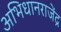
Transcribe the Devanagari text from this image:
अभिधानराजेंद्र